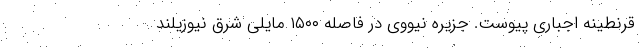
قرنطینه اجباری پیوست. جزیره نیووی در فاصله ۱۵۰۰ مایلی شرق نیوزیلند